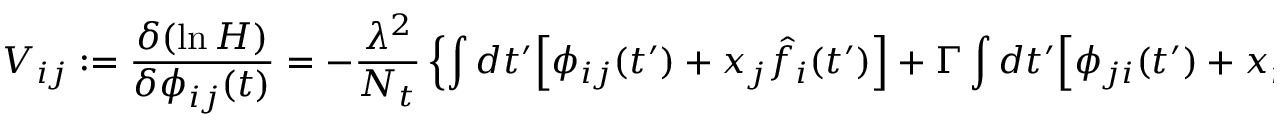
V _ { i j } : = \frac { \delta ( \ln H ) } { \delta \phi _ { i j } ( t ) } = - \frac { \lambda ^ { 2 } } { N _ { t } } \left\{ \int d t ^ { \prime } \Big [ \phi _ { i j } ( t ^ { \prime } ) + x _ { j } \hat { f } _ { i } ( t ^ { \prime } ) \Big ] + \Gamma \int d t ^ { \prime } \Big [ \phi _ { j i } ( t ^ { \prime } ) + x _ { i } ( t ^ { \prime } ) \hat { f } _ { j } ( t ^ { \prime } ) \Big ] \right\}